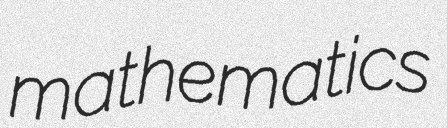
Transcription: mathematics